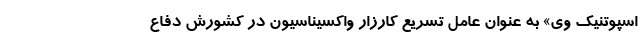
اسپوتنیک وی» به عنوان عامل تسریع کارزار واکسیناسیون در کشورش دفاع